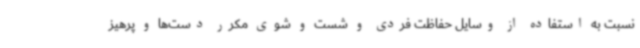
نسبت به استفاده از وسایل حفاظت فردی و شست و شوی مکرر دست‌ها و پرهیز